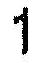
1